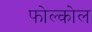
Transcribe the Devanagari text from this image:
फोल्कोल